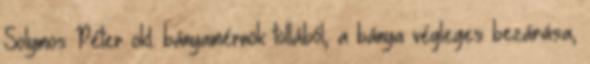
Solymos Péter okl. bányamérnök tollából, a bánya végleges bezárása,